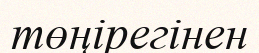
төңірегінен